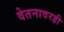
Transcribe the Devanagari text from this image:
वेतनावरही